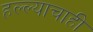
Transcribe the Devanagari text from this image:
हल्ल्याचाही